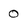
Character: 0